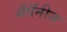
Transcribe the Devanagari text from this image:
मँगॅनीज